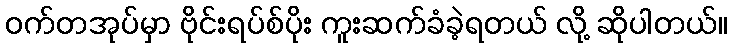
ဝက်တအုပ်မှာ ဗိုင်းရပ်စ်ပိုး ကူးဆက်ခံခဲ့ရတယ် လို့ ဆိုပါတယ်။